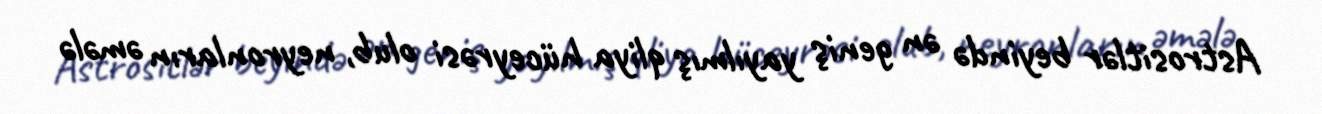
Astrositlər beyində ən geniş yayılmış qliya hüceyrəsi olub, neyronların əmələ